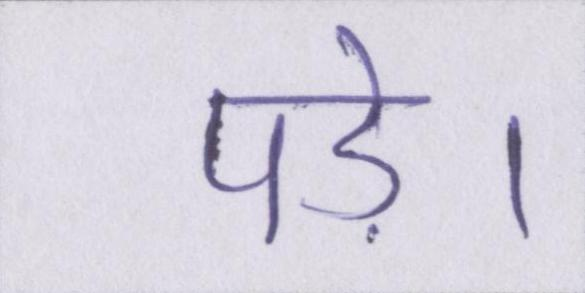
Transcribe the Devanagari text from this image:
पड़े।